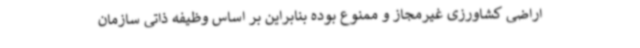
اراضی کشاورزی غیرمجاز و ممنوع بوده بنابراین بر اساس وظیفه ذاتی سازمان